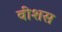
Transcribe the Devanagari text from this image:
वीशस